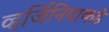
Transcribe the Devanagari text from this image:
व्हर्जिनियाकडे